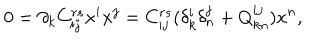
0 = \partial _ { k } C _ { i j } ^ { r s } x ^ { i } x ^ { j } = C _ { i j } ^ { r s } ( \delta _ { k } ^ { i } \delta _ { n } ^ { j } + Q _ { k n } ^ { i j } ) x ^ { n } ,